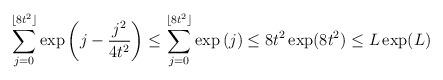
LaTeX: \begin{align*} \sum_{j=0}^{\lfloor 8t^2 \rfloor } \exp \left( j - \frac{j^2}{4t^2} \right) \leq \sum_{j=0}^{\lfloor 8t^2 \rfloor } \exp \left( j \right) \leq 8t^2\exp(8t^2) \leq L \exp(L) \end{align*}